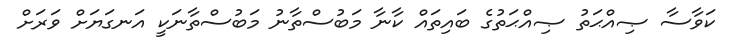
ކަވާސާ ޞިއްޙަތު ޞިއްޙަތުގެ ބައިތައް ކާނާ މަބުސްތާނު މަބުސްތާނަކީ އަނގަޔަށް ވަރަށް